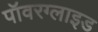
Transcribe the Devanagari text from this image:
पॉवरग्लाइड